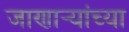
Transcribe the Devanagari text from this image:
जाणार्‍यांच्या